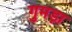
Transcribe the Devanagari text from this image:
गुमड़ा